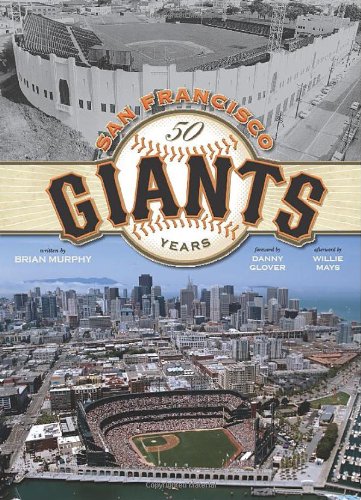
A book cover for San Francisco Giants: 50 Years; Brian Murphy; Arts & Photography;